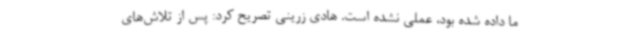
ما داده شده بود، عملی نشده است. هادی زرینی تصریح کرد: پس از تلاش‌های